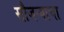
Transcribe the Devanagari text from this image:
सौजन्याचा